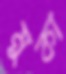
মুকা